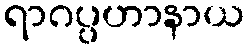
ရာဂပ္ပဟာနာယ